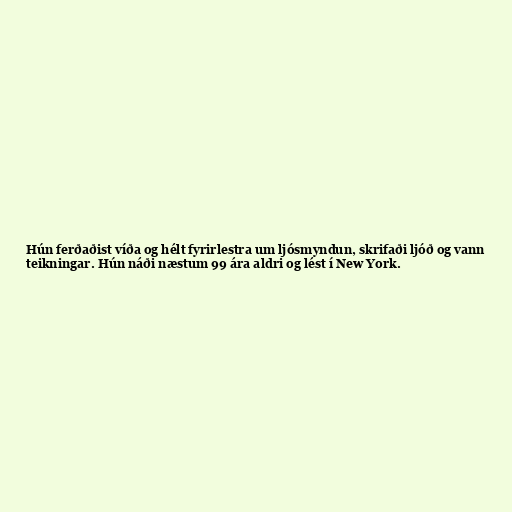
Hún ferðaðist víða og hélt fyrirlestra um ljósmyndun, skrifaði ljóð og vann
teikningar. Hún náði næstum 99 ára aldri og lést í New York.